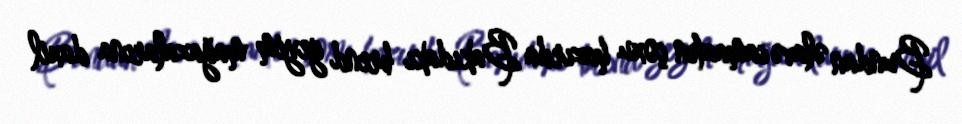
Bundan əlavə camaatın çoxu hazırda Bakıdakı brend geyim mağazalarına daxil